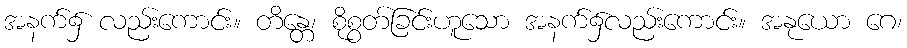
အနက်၌ လည်းကောင်း။ တိန္တေ၊ စိုစွတ်ခြင်းဟူသော အနက်၌လည်းကောင်း။ အနုယော ဂေ၊